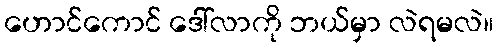
ဟောင်ကောင် ဒေါ်လာကို ဘယ်မှာ လဲရမလဲ။